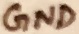
Text: GND